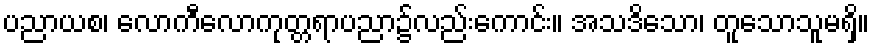
ပညာယစ၊ လောကီလောကုတ္တရာပညာ၌လည်းကောင်း။ အသဒိသော၊ တူသောသူမရှိ။